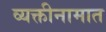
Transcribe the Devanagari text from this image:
व्यक्तीनामात